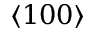
\langle 1 0 0 \rangle